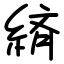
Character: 緕